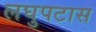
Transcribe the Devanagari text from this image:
लघुपटास